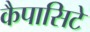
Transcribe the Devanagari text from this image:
कैपासिटे